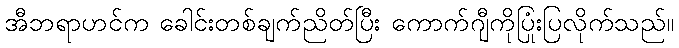
အီဘရာဟင်က ခေါင်းတစ်ချက်ညိတ်ပြီး ကောက်ဂျီကိုပြုံးပြလိုက်သည်။